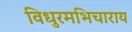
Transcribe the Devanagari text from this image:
विधुरमभिचाराय